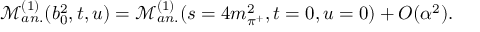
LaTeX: \mathcal { M } _ { a n . } ^ { ( 1 ) } ( b _ { 0 } ^ { 2 } , t , u ) = \mathcal { M } _ { a n . } ^ { ( 1 ) } ( s = 4 m _ { \pi ^ { + } } ^ { 2 } , t = 0 , u = 0 ) + O ( \alpha ^ { 2 } ) .